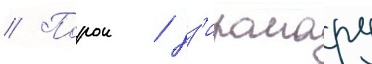
// Порои / дз'иромару